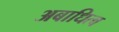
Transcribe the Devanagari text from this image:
अबाधित्व